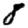
Digit: 8